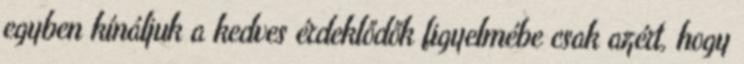
egyben kínáljuk a kedves érdeklődők figyelmébe csak azért, hogy